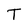
Character: T